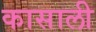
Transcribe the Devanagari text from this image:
कासाली